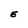
Character: E